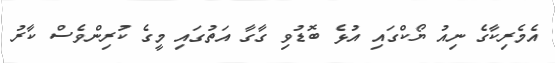
އެމެރިކާގެ ނިއު ޔޯކްގައި އުޅެ ބޮޑުވި ގާގާ އަތުގައި މީގެ ކުރިންވެސް ކާރު